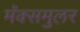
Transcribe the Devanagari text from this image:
मॅक्समुलर